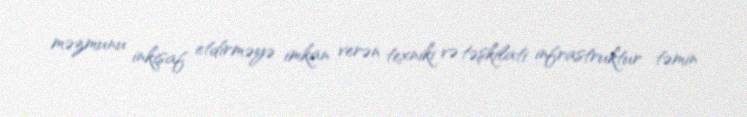
məzmunu inkişaf etdirməyə imkan verən texniki və təşkilati infrastruktur təmin